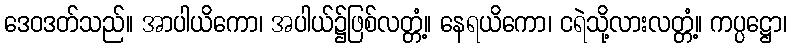
ဒေဝဒတ်သည်။ အာပါယိကော၊ အပါယ်၌ဖြစ်လတ္တံ့။ နေရယိကော၊ ငရဲသို့လားလတ္တံ့။ ကပ္ပဋ္ဌော၊